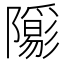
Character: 𨽑